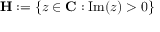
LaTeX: \mathbf { H } : = \{ z \in \mathbf { C } : \mathrm { I m } ( z ) > 0 \}